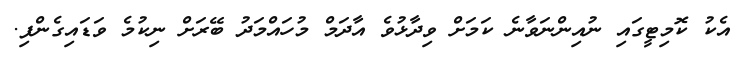
އެކު ކޮމިޓީގައި ނުއިންނަވާނެ ކަމަށް ވިދާޅުވެ އާދަމް މުހައްމަދު ބޭރަށް ނިކުމެ ވަޑައިގެންފި.